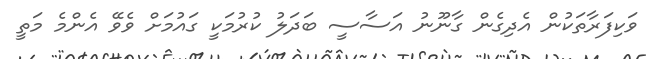
ވަކިފަރާތަކުން އެދިގެން ގާނޫނު އަސާސީ ބަދަލު ކުރުމަކީ ގައުމަށް ވެވޭ އެންމެ މަތީ